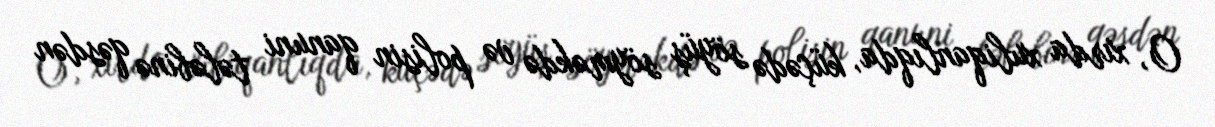
O, xırda xuliqanlıqda, küçədə söyüş söyməkdə və polisin qanuni tələbinə qəsdən